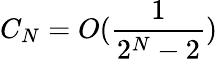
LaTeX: C_{N}=O(\frac{1}{2^{N}-2})